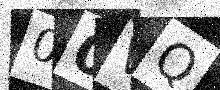
Text: 00VQ